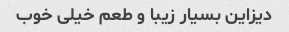
دیزاین بسیار زیبا و طعم خیلی خوب